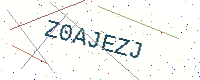
Text: Z0AJEZJ